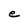
Character: e